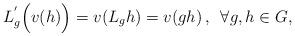
LaTeX: \begin{align*}L_{g}^{'}\Bigl(v(h)\Bigr) = v(L_{g}h) = v(gh)\, , \,\, \, \forall g,h \in G,\end{align*}